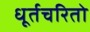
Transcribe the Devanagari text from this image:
धूर्तचरितो